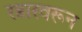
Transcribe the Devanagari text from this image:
रडारवरून